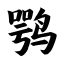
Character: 鹗